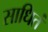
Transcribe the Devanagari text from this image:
साधितं